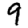
Digit: 9